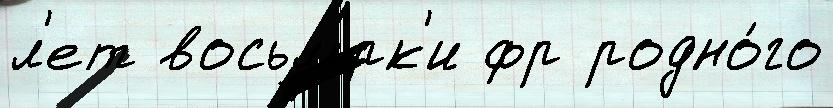
л'ет восьм'́рк'и фр родно́го